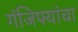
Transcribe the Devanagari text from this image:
गंजिफ्यांचा